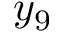
y _ { 9 }